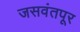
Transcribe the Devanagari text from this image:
जसवंतपूर